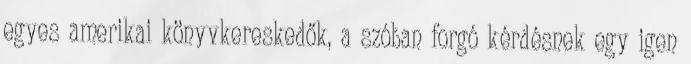
egyes amerikai könyvkereskedők, a szóban forgó kérdésnek egy igen